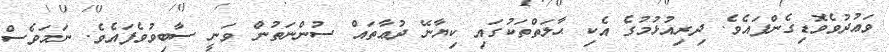
ވަޢުދުވެވޮޑިގެންފައެވެ. ދިރިއުޅުމުގެ އެކި ޙާލަތްތަކުގައި ކިޔާނޭ ދުޢާތައް ސުންނަތުން ވަނީ ސާބިވުވެފައެވެ. ނަމަވެސް